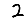
Digit: 2